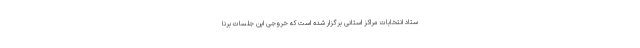
ستاد انتخابات مراکز استانی برگزار شده است که خروجی این جلسات برنا